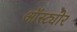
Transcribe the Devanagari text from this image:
ऑस्ट्योर